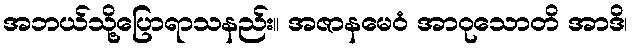
အဘယ်သို့ပြောရာသနည်း။ အဇာနမေဝံ အာဝုသောတိ အာဒိ၊